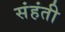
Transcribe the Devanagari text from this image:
संहंती